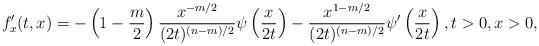
LaTeX: \begin{align*}f'_x (t, x) = - \left(1 - \frac{m}{2}\right) \frac{x^{- m / 2} }{(2t)^{(n- m )/2}} \psi \left(\frac{x }{2t}\right) - \frac{x^{1 - m / 2} }{(2t)^{(n- m )/2}} \psi' \left(\frac{x }{2t}\right) , t > 0, x > 0,\end{align*}